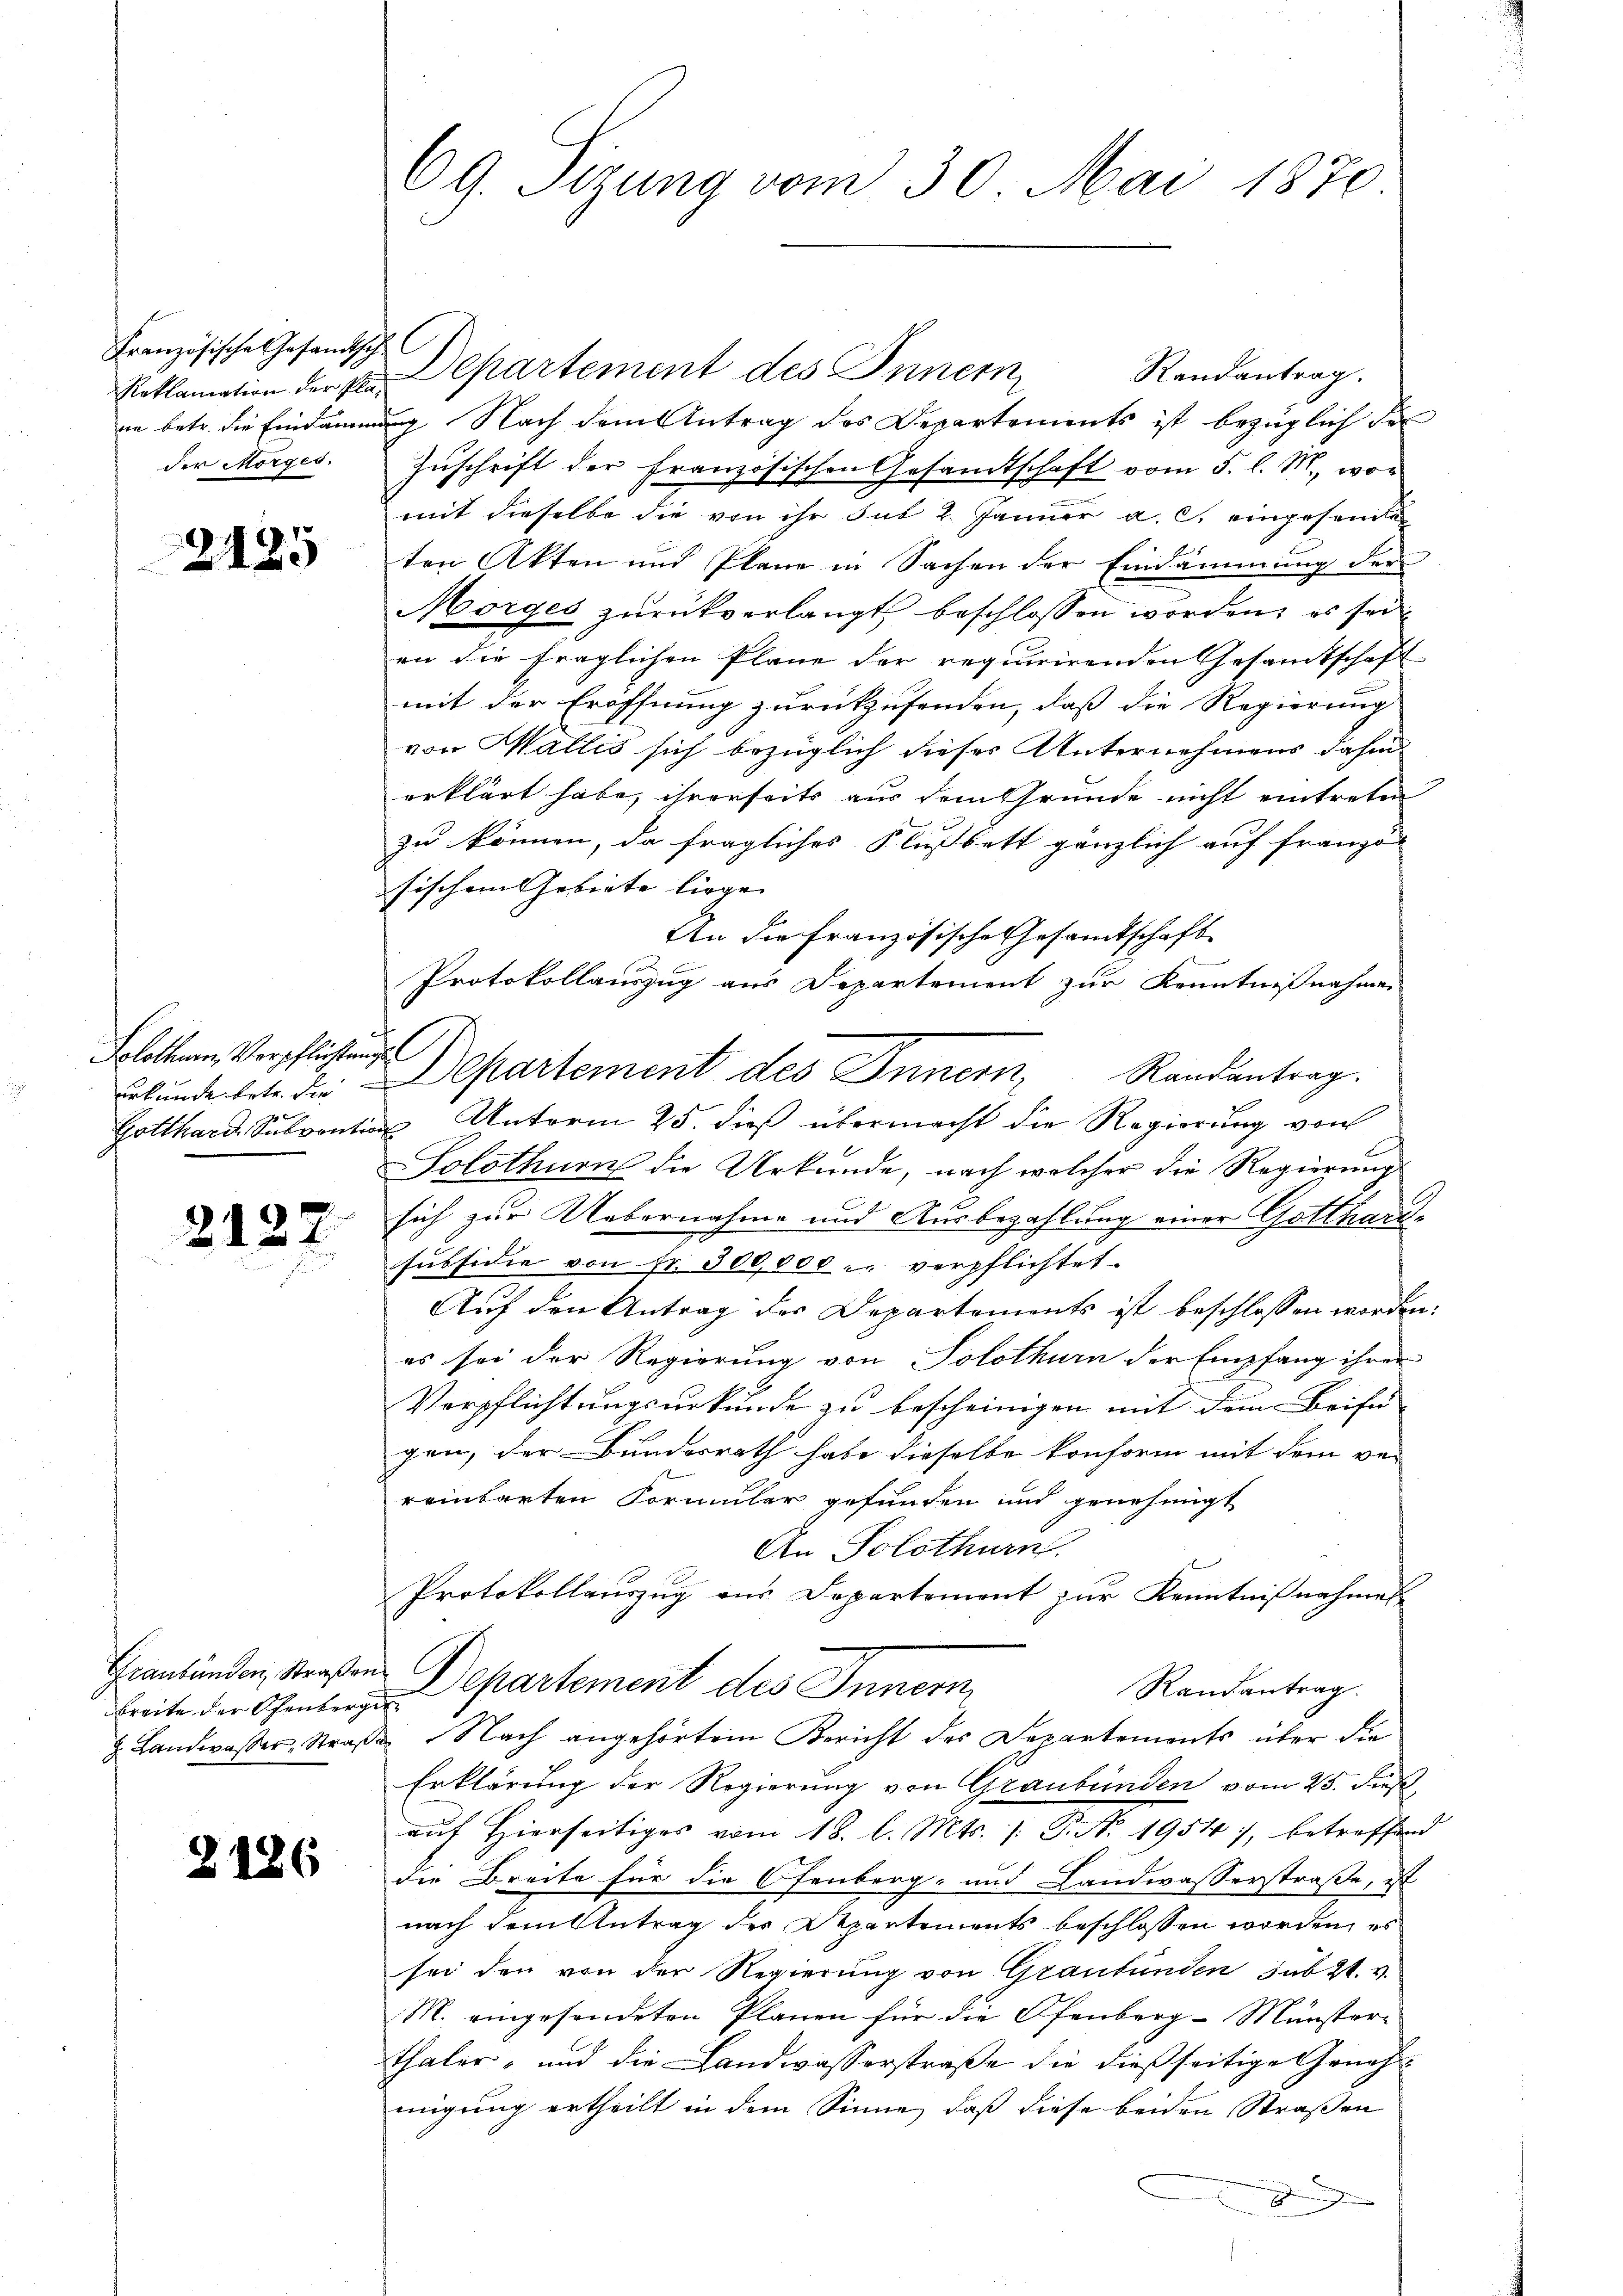
Französische Gesandtsche
der Morges.

2125

Solothurn, Verpflichtungs

2122.

breite der Ofenberger

2186

69. Sizung vom 30. Mai 1870.

Randantrag.
Reklamation der per Departement des Innern
in betr. die Eindamnung Nach dem Antrag des Departements ist bezüglich der
Zŭschrift der Französischen Gesandtschaft vom 5. l. M., wor
mit dieselbe die von ihr sub 2. Jänner a. c. eingesandte
ten Akten und Plane in Sachen der Eindammung der
Morges zurückverlangt beschlossen worden, es sei
an die fraglichen Plane der requirirenden Gesamtschaft
mit der Eröffnung zurückzusenden, daß die Regierung
von Wallis sich bezüglich dieser Unternehmens dahin
erklärt habe, ihrerseits aus dem Grunde nicht eintreten
zu können, da fragliches Flußbett gänzlich auf franzö
sischen Gebiete liege. |
An die Französische Gesamtschaft
Protokollauszug aus Departement zur Kenntnißnahmen
Bekundenbetr. die Departement des Innern, Randantrag.
Gotthard Subventin Unterm 25. dieß übermacht die Regierung von
Solothurn die Urkunde, nach welcher die Regierung
sich zur Uebernahme und Ausbezahlung einer Gotthard-
subsidie von Fr. 300,000 u. verpflichtet.
Auf den Antrag der Departements ist beschlossen worden:
es sei der Regierung von Solothurn der Empfang ihrer
Verpflichtungsurkunde zu bescheinigen mit dem Beise- |
gen, der Bundesrath habe dieselbe konform mit dem ver
reinbarten Formuler gefunden und genehmigt
An Solothurn.
Protokollauszug aus Departement zur Kenntnißnahmes
Grandänden, Straßen Departement des Innern
Randantrag.
H. Landwasser, Straβe Nach angehörtem Bericht des Departements über die
Erklärung der Regierung von Graubünden vom 25. dieß
auf Hierseitiges vom 18. l. Mts. /: P. No. 1954), betreffend
die Breite für die Ofenberg- und Landwasserstraße, ist
nach dem Antrag der Departements beschlossen worden, es
sei den von der Regierŭng von Graubünden sub 21. v.
M. eingesendeten Planen für die Ofenberg-Münster¬
Thaler, und die Landwasserstraße die dießseitige Geneh-
migung ertheilt in dem Sinne, daß diese beiden Straßen